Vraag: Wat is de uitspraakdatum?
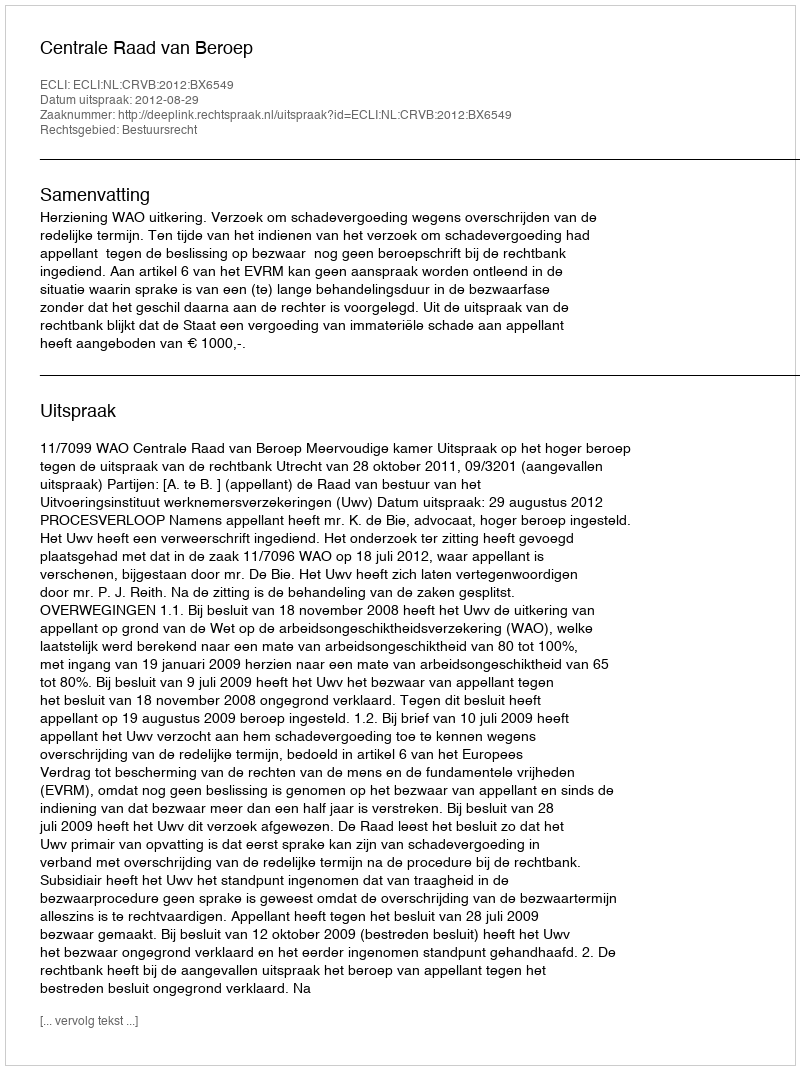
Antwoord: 2012-08-29